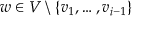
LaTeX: w \in V \setminus \{ v _ { 1 } , \dots , v _ { i - 1 } \}